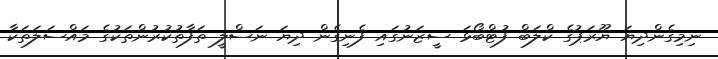
ނިމިގެންދިޔަ ޔޫރަޕުގެ ކްލަބް ފުޓްބޯޅަ ސީޒަނުގައި ފެނިގެން ދިޔަ ނަސްލީ ތަފާތުކުރުންތަކުގެ މައްސަލަތަކާ